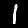
Digit: 1